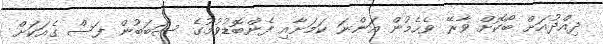
ދިއްދުއަށް ބޯކޮށް ވާރޭ ވެހެމުން އަންނަ ކަމަށާއި ފެންބޮޑުވުމުގެ ސަބަބުން ފަސް ގެއަކަށް